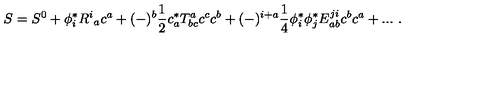
S = S ^ { 0 } + \phi _ { i } ^ { * } R ^ { i } { } _ { a } c ^ { a } + ( - ) ^ { b } \frac { 1 } { 2 } c _ { a } ^ { * } T _ { b c } ^ { a } c ^ { c } c ^ { b } + ( - ) ^ { i + a } \frac { 1 } { 4 } \phi _ { i } ^ { * } \phi _ { j } ^ { * } E _ { a b } ^ { j i } c ^ { b } c ^ { a } + . . . \ .